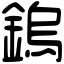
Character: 鎢